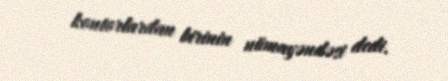
kontorlardan birinin nümayəndəsi dedi.